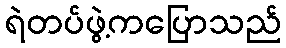
ရဲတပ်ဖွဲ့ကပြောသည်